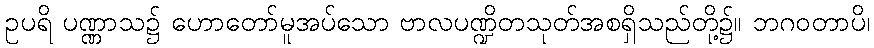
ဥပရိ ပဏ္ဏာသ၌ ဟောတော်မူအပ်သော ဗာလပဏ္ဍိတသုတ်အစရှိသည်တို့၌။ ဘဂဝတာပိ၊